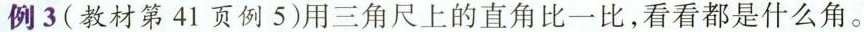
例3 (教材第41页例5)用三角尺上的直角比一比，看看都是什么角。